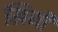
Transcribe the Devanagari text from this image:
खिमी